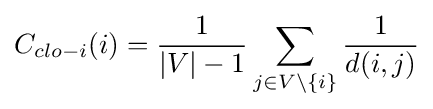
C_{clo-i}(i)={\frac {1}{|V|-1}}\sum _{j\in V\setminus \{i\}}{\frac {1}{d(i,j)}}